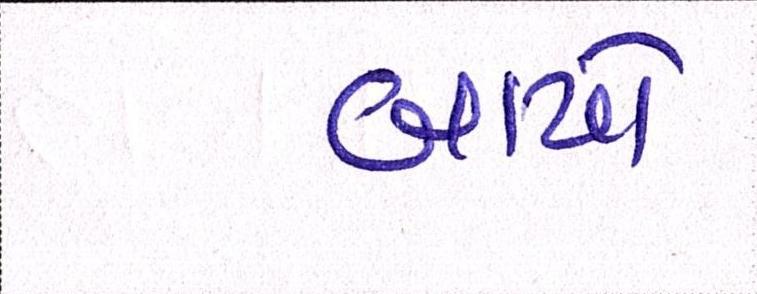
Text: બાયો